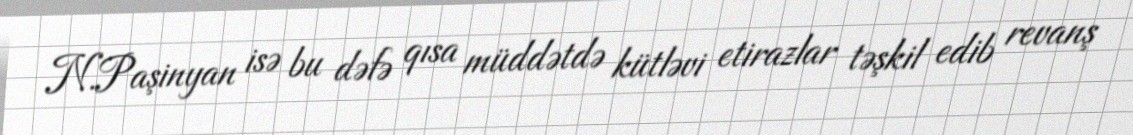
N.Paşinyan isə bu dəfə qısa müddətdə kütləvi etirazlar təşkil edib revanş